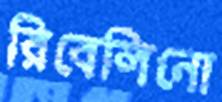
রিবেলিনো